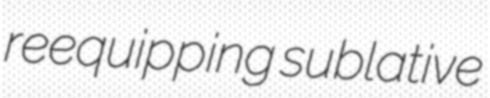
reequipping sublative